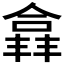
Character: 𫣘